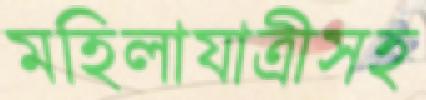
মহিলাযাত্রীসহ